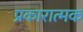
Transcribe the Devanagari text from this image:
प्रकारात्मक